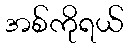
အစ်ကိုရယ်